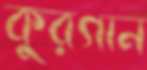
কুরগান